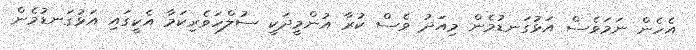
އެހެން ނަމަވެސް އަޅުގަނޑުމެން މިއަދު ވެސް ކުރާ އުންމީދަކީ ސުލްހަވެރިކަމާ އެކީގައި އަޅުގަނޑުމެން